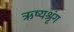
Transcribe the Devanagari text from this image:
ऋष्यश्रृंग